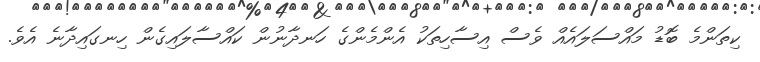
ކިތަންމެ ބޮޑު މައްސަލައެއް ވެސް އިސާހިތަކު އެންމެންގެ ހަނދާނުން ކައްސާލައިގެން ހިނގައިދާނެ އެވެ.